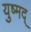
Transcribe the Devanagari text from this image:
युष्मद्